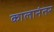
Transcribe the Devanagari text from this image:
कालानंतर